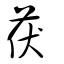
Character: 茯